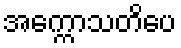
အက္ကောသတိပေ